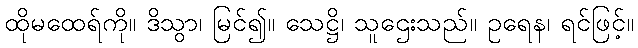
ထိုမထေရ်ကို။ ဒိသွာ၊ မြင်၍။ သေဋ္ဌိ၊ သူဌေးသည်။ ဥရေန၊ ရင်ဖြင့်။